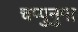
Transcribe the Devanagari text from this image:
चप्पुनुमा